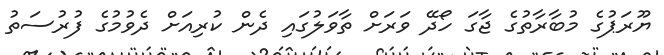
ޔޫރަޕުގެ މުބާރާތުގެ ޖާގަ ހޯދޭ ވަރަށް ތާވަލުގައި ދެން ކުރިއަށް ދެވުމުގެ ފުރުސަތު